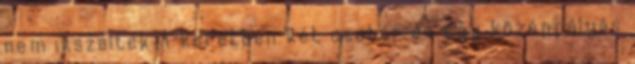
nem ikszeltek A keretben két csatár és egy középpályás